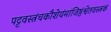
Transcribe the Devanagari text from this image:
पट्टवस्त्रंचकौशेयंमांजिष्ठंश्वेतवस्त्रकं